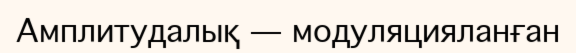
Амплитудалық — модуляцияланған